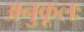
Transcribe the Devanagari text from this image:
अनुकूलः